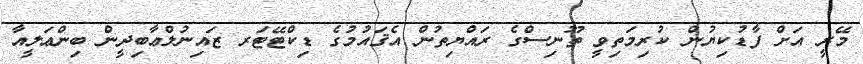
މޭރީ އަށް ފާޑުކިޔުން ކުރިމަތިވީ ތޫނިސްގެ ރައްޔިތުން އެޤައުމުގެ ޑިކްޓޭޓަރ ޒައިނުލްޢާބިދީން ބިންޢަލީއާ